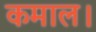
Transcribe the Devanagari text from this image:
कमाल।